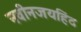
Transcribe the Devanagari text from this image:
नवीनजयहिंद